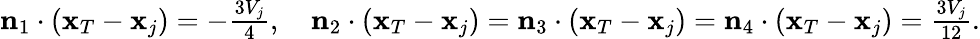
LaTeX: \begin{array}{r}{{\mathbf n}_{1}\cdot({\mathbf x}_{T}-{\mathbf x}_{j})=-\frac{3V_{j}}{4},\quad{\mathbf n}_{2}\cdot({\mathbf x}_{T}-{\mathbf x}_{j})={\mathbf n}_{3}\cdot({\mathbf x}_{T}-{\mathbf x}_{j})={\mathbf n}_{4}\cdot({\mathbf x}_{T}-{\mathbf x}_{j})=\frac{3V_{j}}{12}.}\end{array}